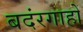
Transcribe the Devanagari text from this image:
बदंरगाहों